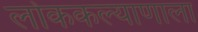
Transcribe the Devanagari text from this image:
लोककल्याणाला